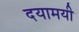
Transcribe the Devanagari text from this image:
दयामयी